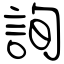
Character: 詢